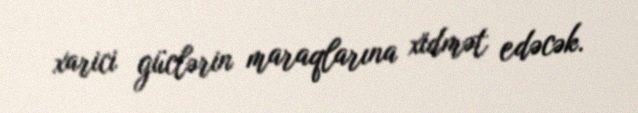
xarici güclərin maraqlarına xidmət edəcək.